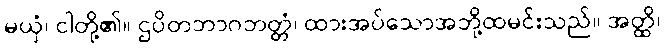
မယှံ၊ ငါတို့၏။ ဌပိတဘာဂဘတ္တံ၊ ထားအပ်သောအဘို့ထမင်းသည်။ အတ္ထိ၊